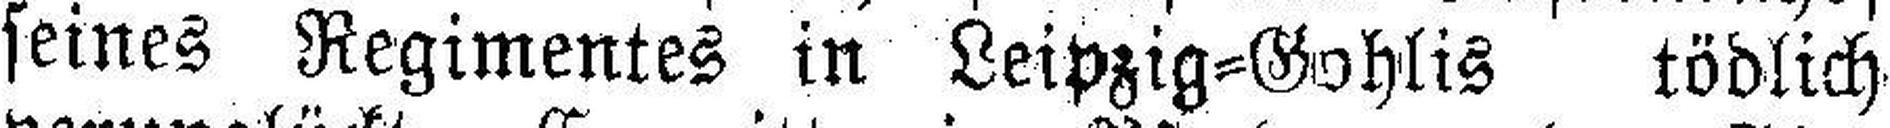
seines Regimentes in Leipzig=Gohlis tödlich